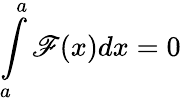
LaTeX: \int\limits_{a}^{a}\mathscr{F}(x)dx=0